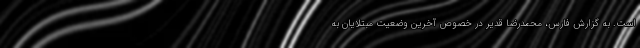
است. به گزارش فارس، محمدرضا قدیر در خصوص آخرین وضعیت مبتلایان به